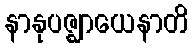
နာနုပဇ္ဈာယေနာတိ